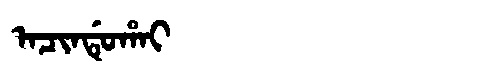
Manchu: ᠠᠴᡳᠨᡩᡠᡥᠠᡳ
Romanization: ACINDUHAI